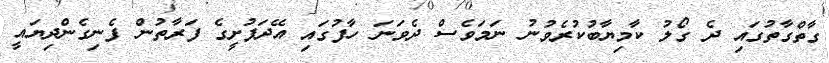
ގާތްގާތުގައި ދެ ގޯލު ކާމިޔާބުކުރެވުނު ނަމަވެސް ދެވަނަ ހާފުގައި އޭދަފުށީގެ ފަރާތުން ފެނިގެންދިޔައީ